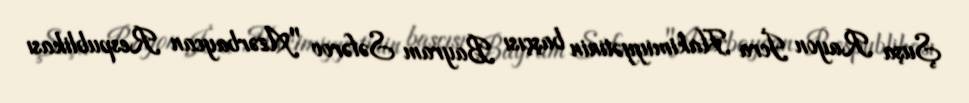
Şuşa Rayon İcra Hakimiyyətinin başçısı Bayram Səfərov "Azərbaycan Respublikası